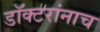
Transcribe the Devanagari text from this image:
डॉक्टरांनाच